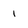
Character: 1